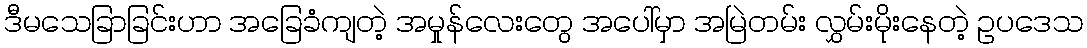
ဒီမသေခြာခြင်းဟာ အခြေခံကျတဲ့ အမှုန်လေးတွေ အပေါ်မှာ အမြဲတမ်း လွှမ်းမိုးနေတဲ့ ဥပဒေသ